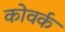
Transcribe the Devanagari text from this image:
कोवर्क